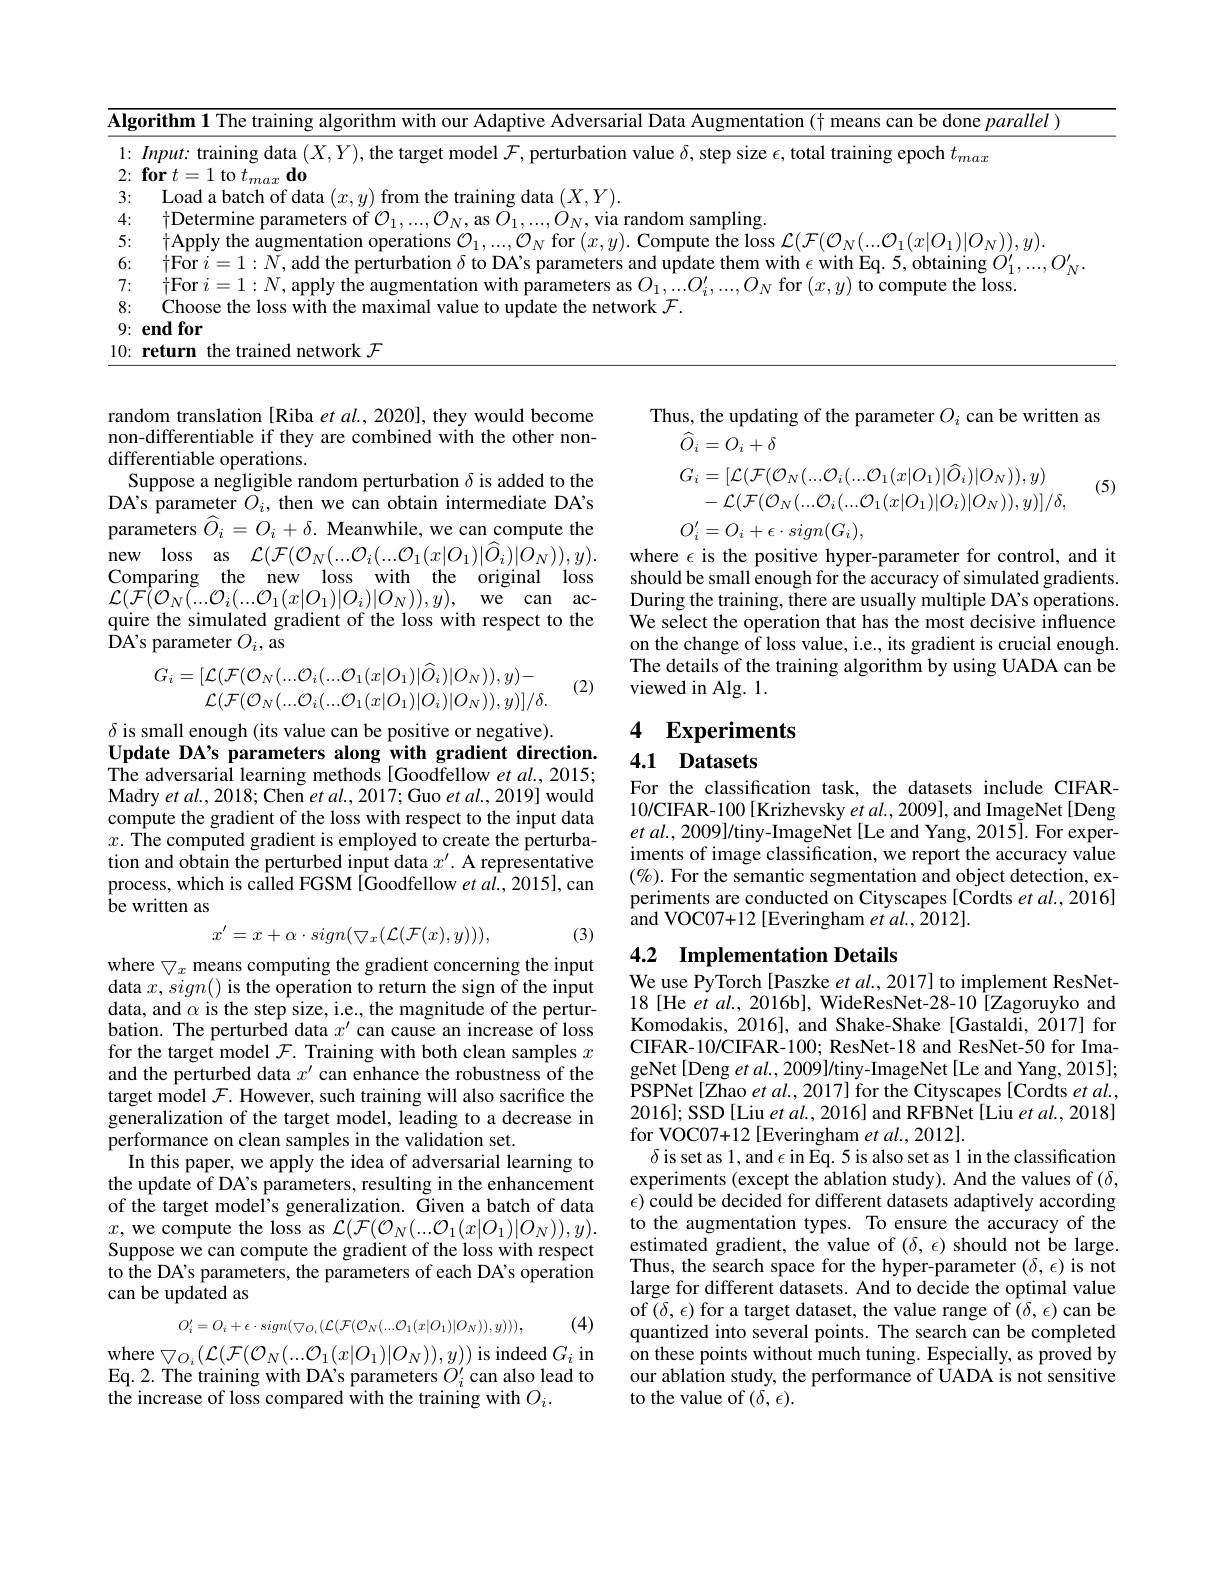
<table>
	<tbody>
		<tr>
			<td>$\overline{\mathbf{Alg}}$</td>
			<td>$\textbf{orithm 1 The training algorithm with our Adaptive Adversarial Data Augmentation ( t) }$ t means can be done $\textit{parallel}$</td>
		</tr>
		<tr>
			<td>1: </td>
			<td>$lnnut\cdot trainino$ 10 emoch t</td>
		</tr>
		<tr>
			<td>2:</td>
			<td>$\textbf{for}t= 1$ to $t_max\textbf{ do}$</td>
		</tr>
		<tr>
			<td>3:</td>
			<td>$\mathrm{I}_{\text{oad a batch of data }(x,u)~from~the~training~data~}(X.Y)$</td>
		</tr>
		<tr>
			<td>4:</td>
			<td>tDetermine narameters of $\mathcal{O}$ $)_{N,\text{ via random sampling}}.$</td>
		</tr>
		<tr>
			<td>- 5</td>
			<td>$\mathcal{N}_{1}(r|O_{1})|O_{\mathrm{v}})\rangle_{\mathrm{v}}$</td>
		</tr>
		<tr>
			<td>W</td>
			<td>aininnn</td>
		</tr>
		<tr>
			<td>M 7</td>
			<td>$+\mathbf{E}_{c}$</td>
		</tr>
		<tr>
			<td> </td>
			<td>LIIV IUDD</td>
		</tr>
		<tr>
			<td>1 </td>
			<td>T</td>
		</tr>
	</tbody>
</table>

random translation [Riba et al., 2020], they would become non-differentiable if they are combined with the other nondifferentiable operations.
Suppose a negligible random perturbation $\delta$ is added to the DA's parameter $O_i$, then we can obtain intermediate DA's parameters $\widehat{O}_i=O_i+\delta.$ Meanwhile, we can compute the $\begin{array}{ccc}{\mathrm{new}}&{\mathrm{loss}}&{\mathrm{as}}&{\mathcal{L}}(\mathcal{F}(\mathcal{O}_{N}(...\mathcal{O}_{i}(...\mathcal{O}_{1}(x|O_{1})|\hat{O}_{i})|\hat{O}_{N})),y).\end{array}$ Comparing the new loss with the original loss $\mathcal{L}(\mathcal{F}(\mathcal{O}_{N}(...\mathcal{O}_{i}(...\mathcal{O}_{1}(x|O_{1})|O_{i})|O_{N})),y)$,we can acquire the simulated gradient of the loss with respect to the ${\text{DA's parameter}O_{i},\mathrm{~as}}$

(2)
$$G_{i}=[\mathcal{L}(\mathcal{F}(\mathcal{O}_{N}(...\mathcal{O}_{i}(...\mathcal{O}_{1}(x|O_{1})|\widehat{O}_{i})|O_{N})),y)-\\\mathcal{L}(\mathcal{F}(\mathcal{O}_{N}(...\mathcal{O}_{i}(...\mathcal{O}_{1}(x|O_{1})|O_{i})|O_{N})),y)]/\delta.$$
$\delta$ is small enough (its value can be positive or negative).
Update DA's parameters along with gradient direction. The adversarial learning methods[Goodfellow et al., 2015; Madry et al. , 2018; Chen et al. , 2017; Guo et al. , 2019] would compute the gradient of the loss with respect to the input data $x.$ The computed gradient is employed to create the perturbation and obtain the perturbed input data $x^\prime.$ A representative process, which is called FGSM [Goodfellow et al., 2015], can be written as
$$x'=x+\alpha\cdot sign(\bigtriangledown_{x}(\mathcal{L}(\mathcal{F}(x),y))),$$
(3)

where $\bigtriangledown_x$ means computing the gradient concerning the input data $x,sign()$ is the operation to return the sign of the input data, and $\alpha$ is the step size, i.e., the magnitude of the perturbation. The perturbed data $x^\prime$ can cause an increase of loss for the target model $\mathcal{F}.$ Training with both clean samples $x$ and the perturbed data $x^\prime$ can enhance the robustness of the target model $\mathcal{F}.$ However, such training will also sacrifice the generalization of the target model, leading to a decrease in performance on clean samples in the validation set.
In this paper, we apply the idea of adversarial learning to the update of DA's parameters, resulting in the enhancement of the target model's generalization. Given a batch of data $x$, we compute the loss as $\mathcal{L}(\mathcal{F}(\mathcal{O}_N(...\mathcal{O}_1(x|O_1)|O_N)),y).$ Suppose we can compute the gradient of the loss with respect to the DA's parameters, the parameters of each DA's operation can be updated as
(4)
$$O_i'=O_i+\epsilon\cdot sign(\bigtriangledown_{O_i}(\mathcal{L}(\mathcal{F}(\mathcal{O}_N(...\mathcal{O}_1(x|O_1)|O_N)),y))),$$
where
$$\bigtriangledown_{O_{i}}(\mathcal{L}(\mathcal{F}(\mathcal{O}_{N}(...\mathcal{O}_{1}(x|O_{1})|O_{N})),y))\:\mathrm{is}$$
$\operatorname{indeed}G_{i}$ in
Eq.2. The training with DA's parameters $O_{i}^{\prime}$ can also lead to
the increase of loss compared with the training with $O_i.$

Thus, the updating of the parameter $O_i$ can be written as
$$\begin{aligned}&\widehat{O}_{i}=O_{i}+\delta\\&G_{i}=[\mathcal{L}(\mathcal{F}(\mathcal{O}_{N}(...\mathcal{O}_{i}(...\mathcal{O}_{1}(x|O_{1})|\widehat{O}_{i})|O_{N})),y)\\&-\mathcal{L}(\mathcal{F}(\mathcal{O}_{N}(...\mathcal{O}_{i}(...\mathcal{O}_{1}(x|O_{1})|O_{i})|O_{N})),y)]/\delta,\\&O_{i}^{\prime}=O_{i}+\epsilon\cdot sign(G_{i}),\end{aligned}$$
(5)

where $\epsilon$ is the positive hyper-parameter for control, and it should be small enough for the accuracy of simulated gradients. During the training, there are usually multiple DA's operations. We select the operation that has the most decisive influence on the change of loss value, i.e., its gradient is crucial enough. The details of the training algorithm by using UADA can be viewed in Alg. 1.

# 4 Experiments

4.1 Datasets

For the classification task, the datasets include CIFAR- 10/CIFAR-100[Krizhevsky $etal.,2009]$,and ImageNet[Deng $etal.,2009]/$tiny-ImageNet[Le and Yang, 2015]. For experiments of image classification, we report the accuracy value $(\%).$ For the semantic segmentation and object detection, experiments are conducted on Cityscapes [Cordts et al.,2016] ${\mathrm{~and~VOC07+12~[Everingham~et~al.,~\hat{2}012].}}$

# 4.2 Implementation Details

We use PyTorch[Paszke et al., 2017] to implement ResNet- 18[He et al., 2016b], WideResNet-28-10[INDEX]Zagoruyko and Komodakis, 2016], and Shake-Shake[Gastaldi, 2017] for CIFAR-10/CIFAR-100; ResNet-18 and ResNet-50 for ImageNet [Deng et al., 2009]/tiny-ImageNet [Le and Yang, 2015]; PSPNet[Zhao et al., 2017] for the Cityscapes [Cordts et al. 2016]; SSD[Liu et al., 2016] and RFBNet[Liu et al., 2018] for VOC07+12 [Everingham et al.,2012].
$\delta$ is set as 1, and $\epsilon$ in Eq. 5 is also set as 1 in the classification experiments (except the ablation study). And the values of ($\delta$, $\epsilon)$ could be decided for different datasets adaptively according to the augmentation types. To ensure the accuracy of the estimated gradient, the value of $(\delta,\epsilon)$ should not be large Thus, the search space for the hyper-parameter $(\delta,\epsilon)$ is not large for different datasets. And to decide the optimal value of$\left(\delta,\epsilon\right)$for a target dataset, the value range of $\left(\delta,\epsilon\right)$can be quantized into several points. The search can be completed on these points without much tuning. Especially, as proved by our ablation study, the performance of UADA is not sensitive to the value of $(\delta,\epsilon).$